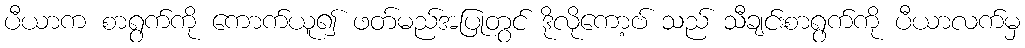
ပီယာက စာရွက်ကို ကောက်ယူ၍ ဖတ်မည်အပြုတွင် ဒိုလိုကော့ဗ် သည် သီချင်းစာရွက်ကို ပီယာလက်မှ